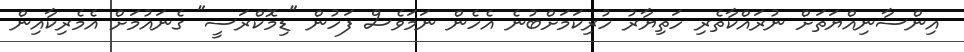
އިންސާނިއްޔަތަށް ނުރައްކާތެރި ހަތިޔާރު ހުރިކަމަށްބުނެ އެހެން ނަމަވެސް ފަހުން "ޑިމޮކްރަސީ" ގެނައުމަށް އެމެރިކާއިން